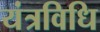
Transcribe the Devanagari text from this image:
यंत्रविधि